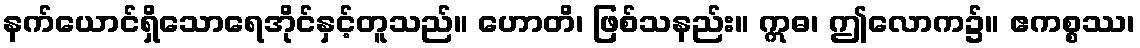
နက်ယောင်ရှိသောရေအိုင်နှင့်တူသည်။ ဟောတိ၊ ဖြစ်သနည်း။ ဣဓ၊ ဤလောက၌။ ဧကစ္စဿ၊